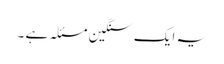
یہ ایک سنگین مسئلہ ہے ۔